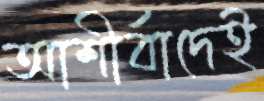
আশীর্বাদেই